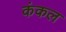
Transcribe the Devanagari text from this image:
कंकल